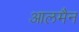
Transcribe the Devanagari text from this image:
आलमैन